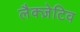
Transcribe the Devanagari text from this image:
लैक्ज़ेटिव